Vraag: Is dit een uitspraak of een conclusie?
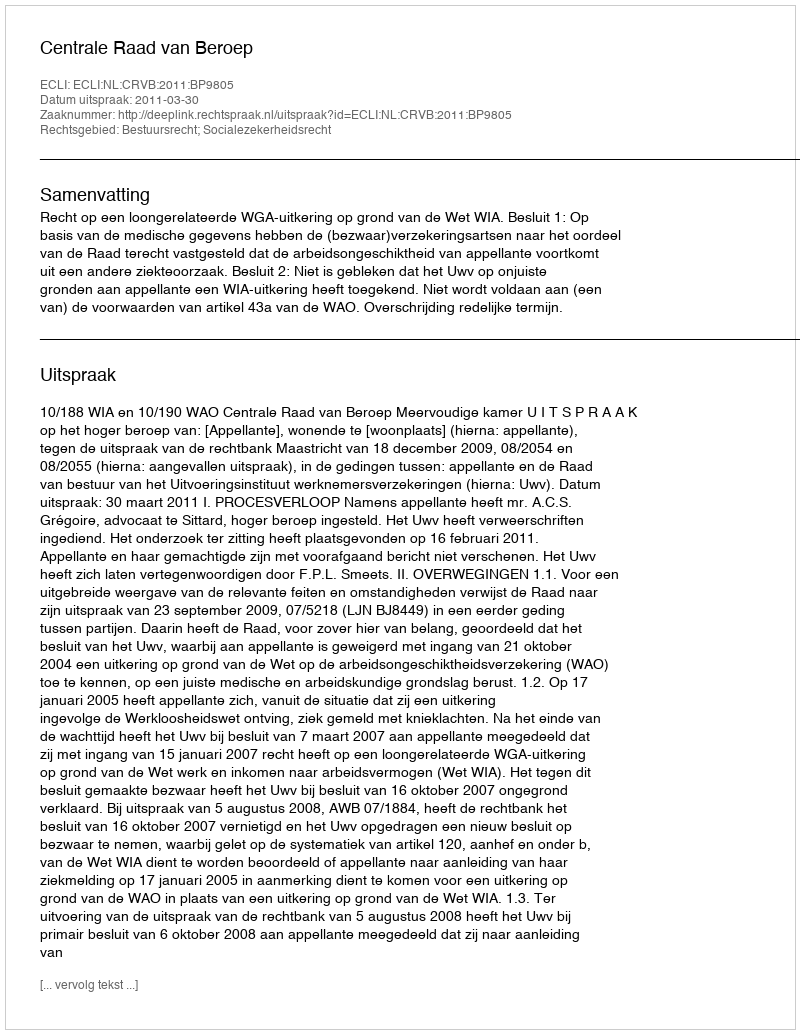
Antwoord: Uitspraak